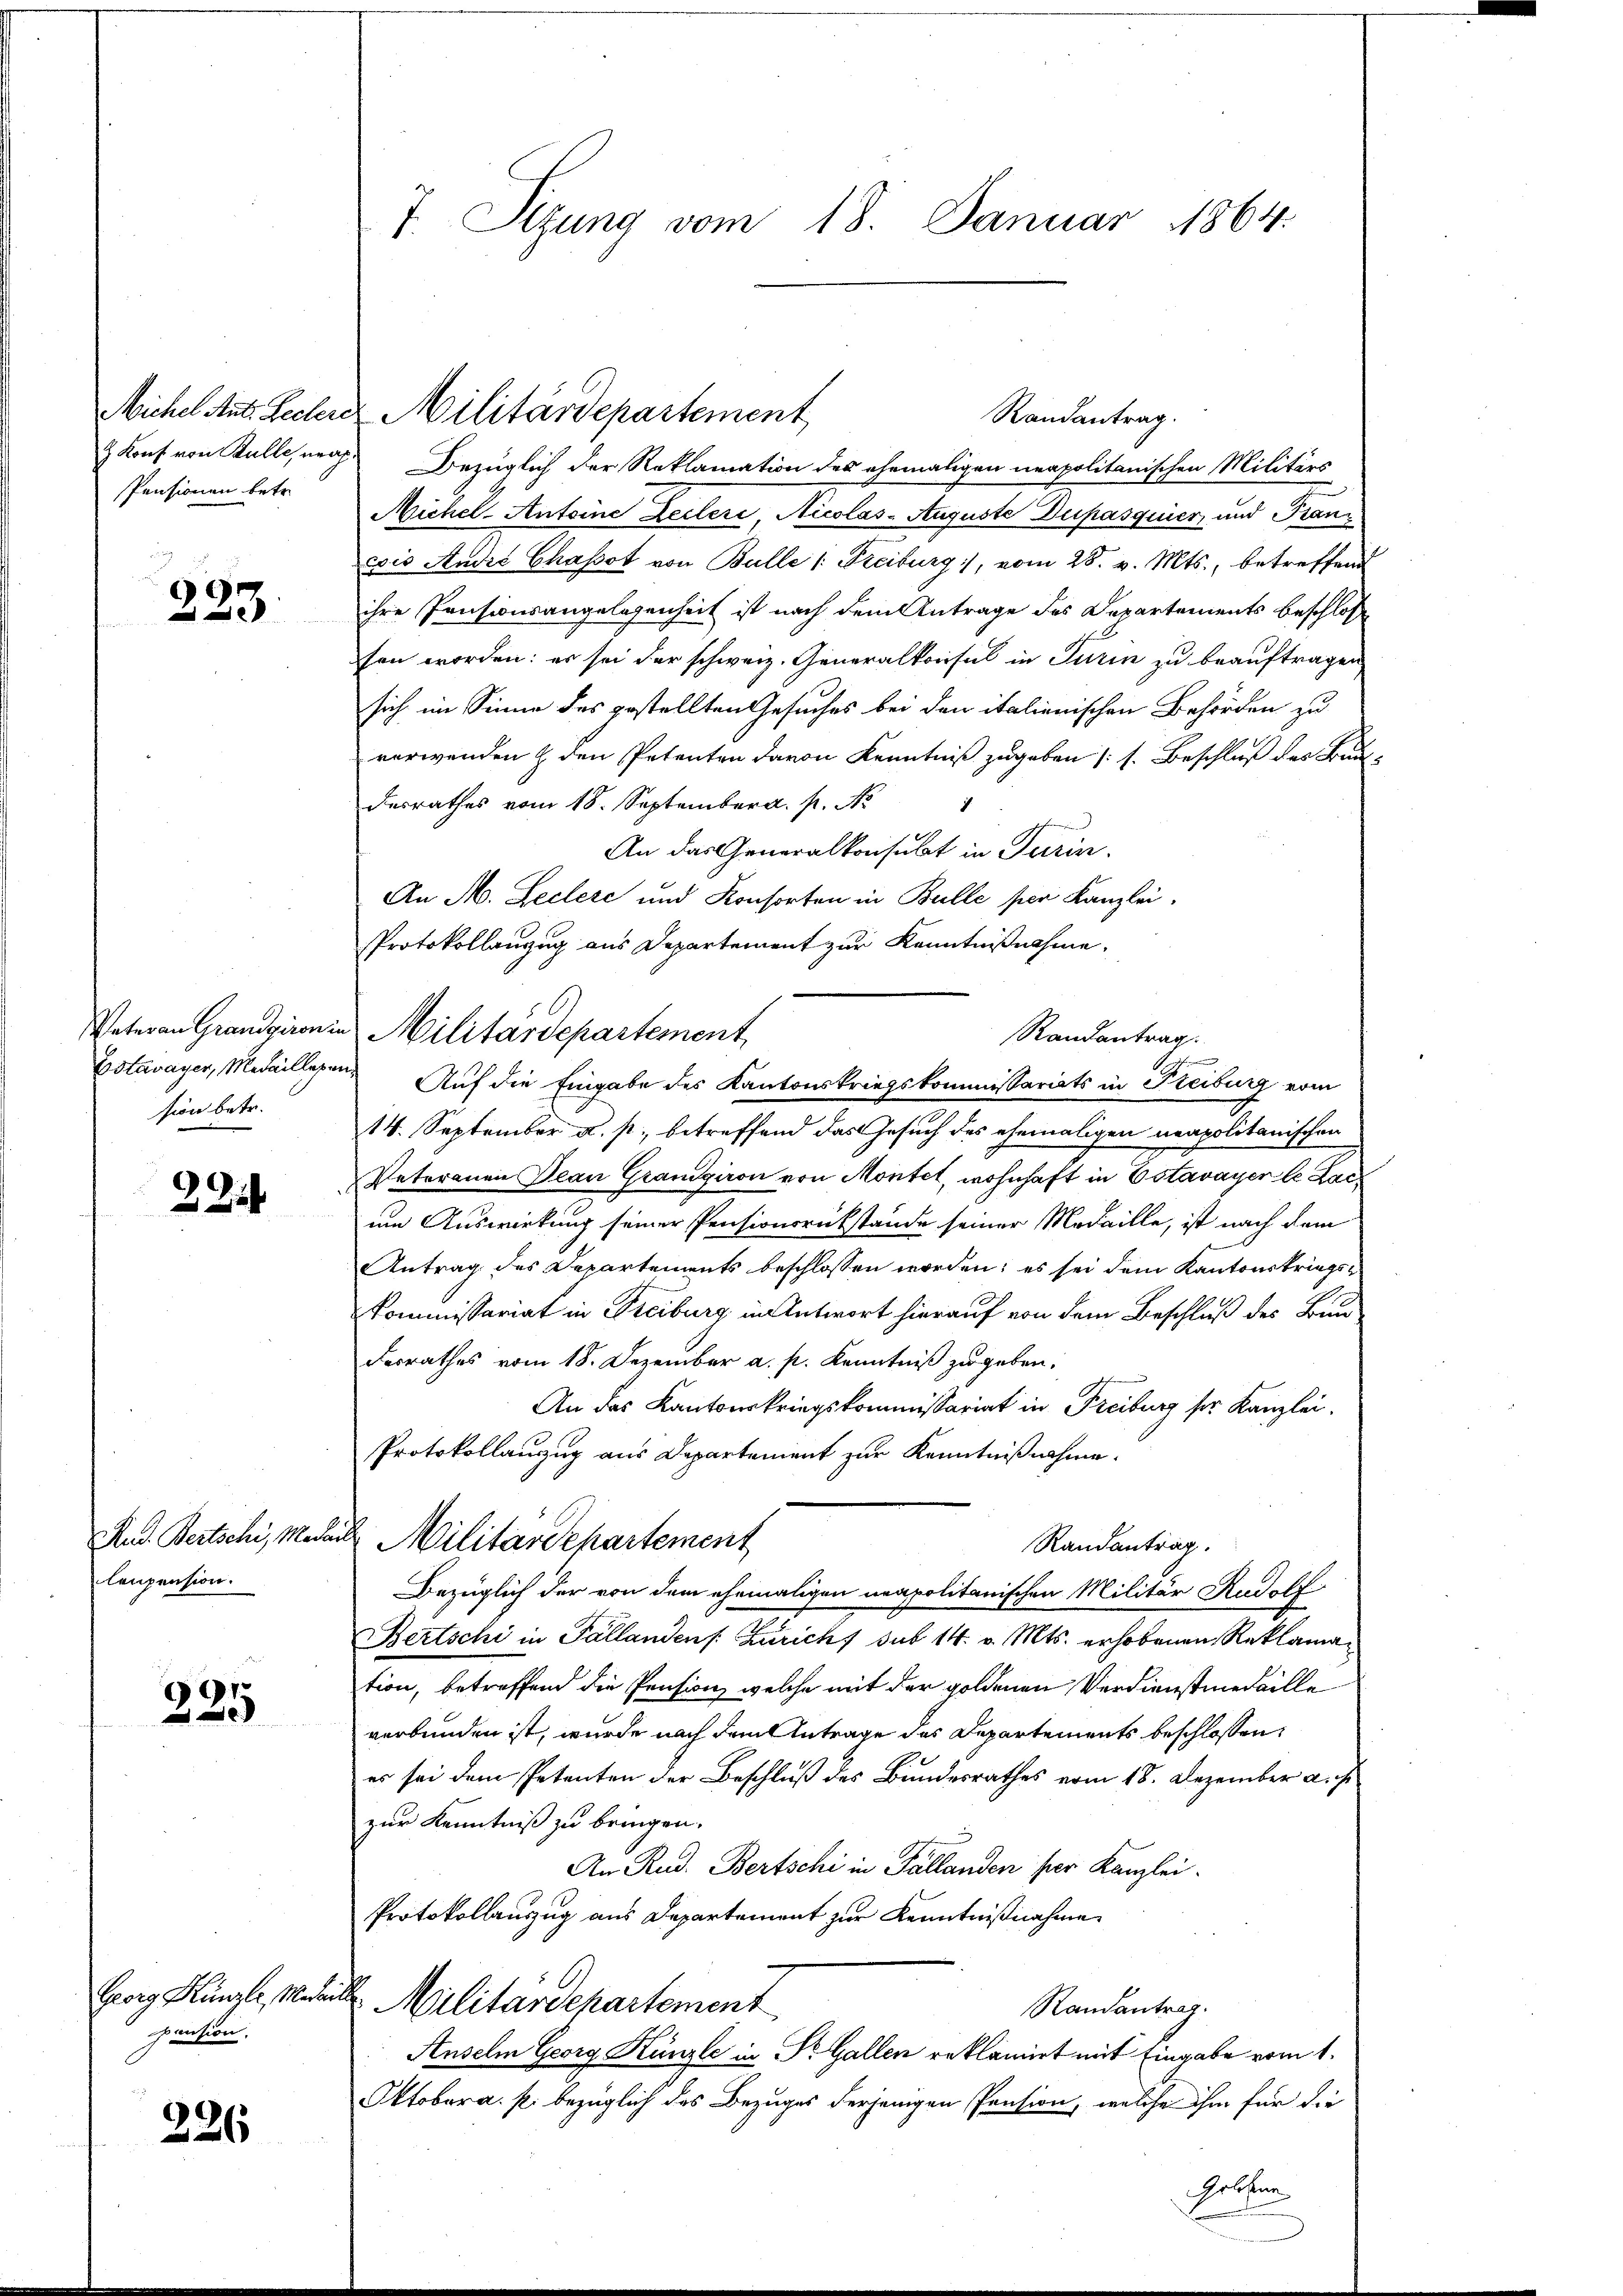
Pensionen betr.

223.

sion betr.

22

Rud. Bertschi, Mada
lenpension.

991
e

Georg Künzli, Meder.
pension,

226

& Konf von Bulle, nach Bezüglich der Reklamation des ehemaligen neapolitanischen Militärs
Michel- Antoine Lecteri, Nicolas- Auguste Dupasquier, und Francois André Chassot von Bulle (: Freiburg), vom 28. v. Mts., betreffend
ihre Pensionsangelegenheit ist nach dem Antrage des Departements beschlosse
fen worden: es sei der schweiz. Generalkonsul in Turin zu beauftragen
sich im Sinne des gestellten Gesuches bei den italienischen Behörden zu
verwenden & den Petenten davon Kenntniß zugeben (s. Beschluß der Bunde
desrathes vom 18. September a. p. N
An das Generalkonsubt in Turin.
An M. Leclere und Konsorten in Bulle per Kanzlei.
Protokollanzug aus Departement zur Kenntnißnahme.
Randantrag.
Estavayer, Medaillegen Auf die Eingabe des Kantonskriegskommissariats in Freiburg vom
14. September u. s. betreffend das Gesuch des ehemaligen neapolitanischen
Peterauen Jean Grangiron von Montet, wohnhaft in Estavayer le Lacum Auswirkung seiner Pensionsrükstände seiner Medaille, ist nach dem
Antrag des Departements beschlossen worden; es sei dem Kantonskriegs¬
Kommissariat in Freiburg in Antwort hierauf von dem Beschluß des Bund
Ferrathes vom 18. Dezember a. p. Kenntniß zu geben.
An das Kantonskriegskommissariat in Freiburg ser Kanzlei.
Protokollanzug aus Departement zur Kenntnißnahme.
 Militärdepartement
Randantrag.
Bezüglich der von dem ehemaligen neapolitanischen Militär Rudolf
Bertschi in Pallanden s. Zürich sub 14. v. Mts. erhobenen Reklamation, betreffend die Pension, welche mit der goldenen Verdienstmedaille
verbunden ist, wurde nach dem Antrage des Departements beschlossen:
es sei dem Petenten der Beschluß des Bundesrathes vom 18. Dezember a. s.
zur Kenntniß zu bringen.
An Rud. Bertschi in Fällanden per Kanzlei.
Protokollanzug aus Departement zur Kenntnißnahme
 Militärdepartement
Randantrag.
Anselm Georg Künzli in Dr. Gallen reklamirt mit Eingabe vom 1.
Oktober a. p. bezüglich das Bezuges derjenigen Pension, welche ihm für die
Felsen

7. Sizung vom 18. Januar 1864.

Michel Ant. Rechere Militärdepartement
Randantrag.

Vateran Grandgironin Militärdepartement